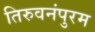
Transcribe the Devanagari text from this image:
तिरुवनंपुरम